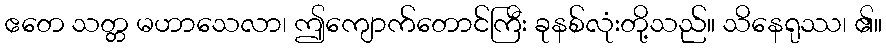
ဧတေ သတ္တ မဟာသေလာ၊ ဤကျောက်တောင်ကြီး ခုနစ်လုံးတို့သည်။ သိနေရုဿ၊ ၏။